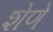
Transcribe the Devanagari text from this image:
शेणे